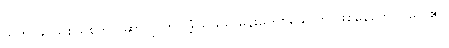
သူက ခပ်ယစ်ယစ်တွင် ဆာဂျင်က အံ့ဩဖွယ် မိန်းမတစ်ယောက် ဖြစ်နေတော့ပါလေ၏။